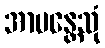
အာမန္တေသုံ